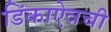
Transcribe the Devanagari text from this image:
डिंकाऐवची